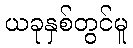
ယခုနှစ်တွင်မူ